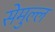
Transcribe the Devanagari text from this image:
सेमुल्ल